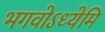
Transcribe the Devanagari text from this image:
भगवोऽध्येमि